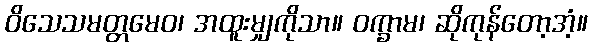
ဝိသေသမတ္တမေဝ၊ အထူးမျှကိုသာ။ ဝက္ခာမ၊ ဆိုကုန်တော့အံ့။